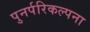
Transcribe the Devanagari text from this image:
पुनर्परिकल्पना